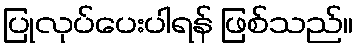
ပြုလုပ်ပေးပါရန် ဖြစ်သည်။